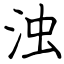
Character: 浊